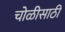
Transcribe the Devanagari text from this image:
चोळीसाठी